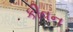
કીવન